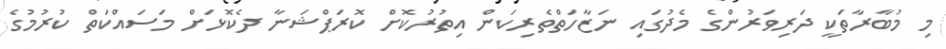
މި މުބާރާތަކީ ދަރިވަރުންގެ މެދުގައި ނަޒާހަތްތެރިކަން އިތުރުކޮށް ކޮރަޕްޝަނާ ދެކޮޅަށް މަސައްކަތް ކުރުމުގެ